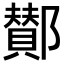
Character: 鄼